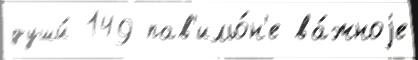
души́ 149 пав'ильо́н'е ва́жноjе